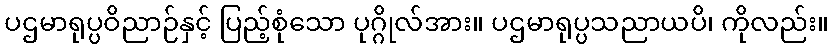
ပဌမာရုပ္ပဝိညာဉ်နှင့် ပြည့်စုံသော ပုဂ္ဂိုလ်အား။ ပဌမာရုပ္ပသညာယပိ၊ ကိုလည်း။